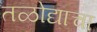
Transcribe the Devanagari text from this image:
तळोद्याचा